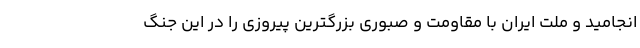
انجامید و ملت ایران با مقاومت و صبوری بزرگترین پیروزی را در این جنگ